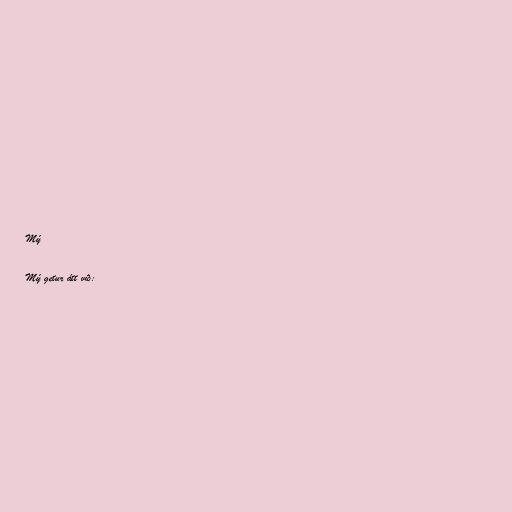
Mý

Mý getur átt við: